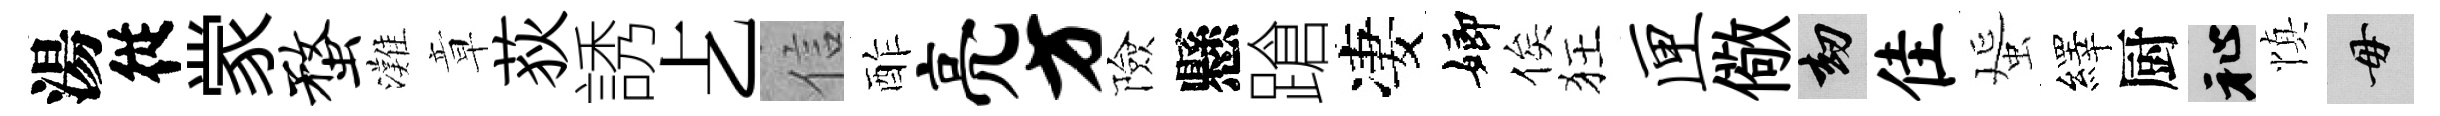
湯従䝉蝥灘章荻誘𠧒信酢亮方險懸蹌凄嫏俟狂匣儆劫隹蜑繹厨祉慎毋